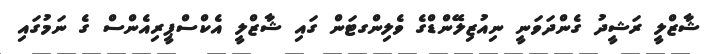
ޝާޒްލީ ރަޝީދު ގެންދަވަނީ ނިއުޒިލޭންޑްގެ ވެލިންގޓަން ގައި ޝާޒްލީ އެކްސްޕީރިއެންސް ގެ ނަމުގައި